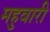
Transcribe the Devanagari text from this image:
महुवारी